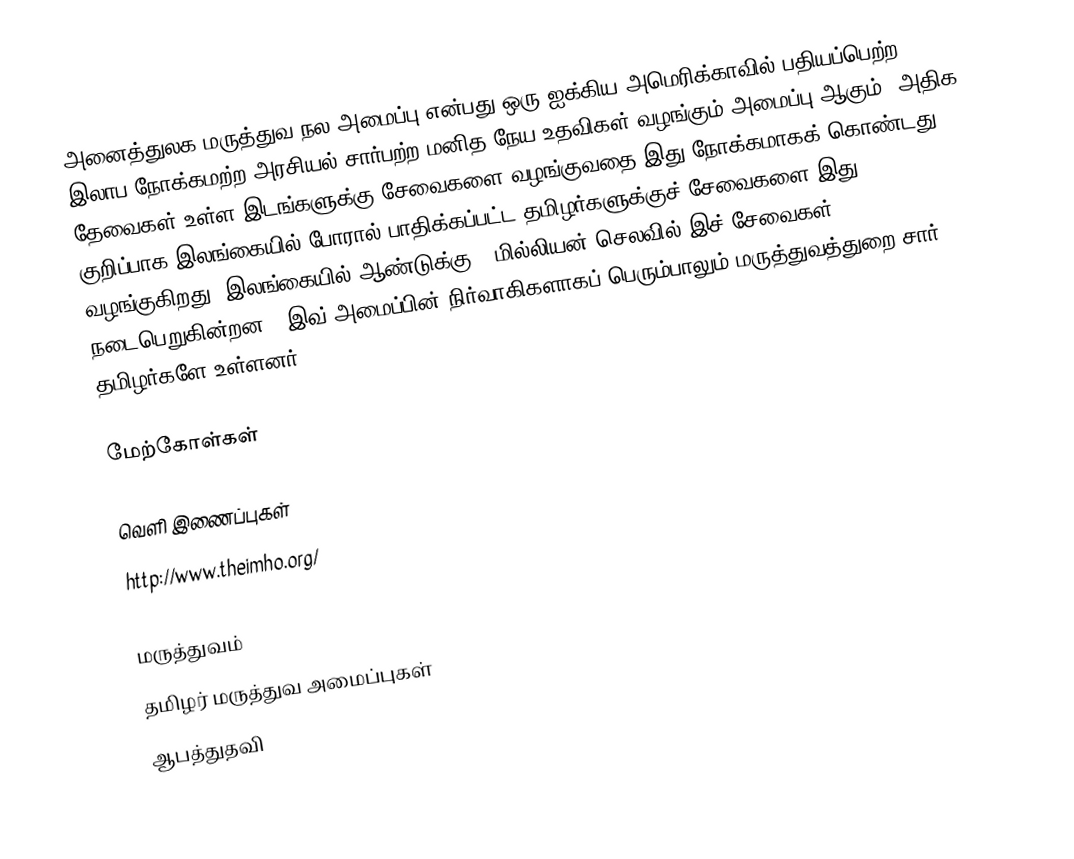
அனைத்துலக மருத்துவ நல அமைப்பு என்பது ஒரு ஐக்கிய அமெரிக்காவில் பதியப்பெற்ற இலாப நோக்கமற்ற அரசியல் சார்பற்ற மனித நேய உதவிகள் வழங்கும் அமைப்பு ஆகும். அதிக தேவைகள் உள்ள இடங்களுக்கு சேவைகளை வழங்குவதை இது நோக்கமாகக் கொண்டது.  குறிப்பாக இலங்கையில் போரால் பாதிக்கப்பட்ட தமிழர்களுக்குச் சேவைகளை இது வழங்குகிறது.  இலங்கையில் ஆண்டுக்கு 1 மில்லியன் செலவில் இச் சேவைகள் நடைபெறுகின்றன..  இவ் அமைப்பின் நிர்வாகிகளாகப் பெரும்பாலும் மருத்துவத்துறை சார் தமிழர்களே உள்ளனர்.

மேற்கோள்கள்

வெளி இணைப்புகள்
 http://www.theimho.org/

மருத்துவம்
தமிழர் மருத்துவ அமைப்புகள்
ஆபத்துதவி